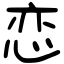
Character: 恋